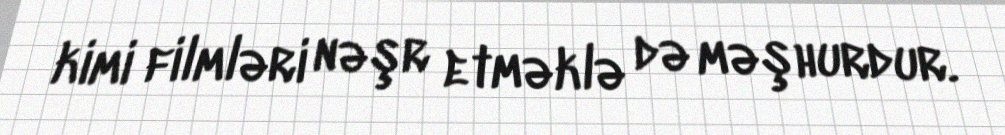
kimi filmləri nəşr etməklə də məşhurdur.